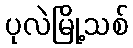
ပုလဲမြို့သစ်